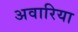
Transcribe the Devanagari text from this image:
अवारिया